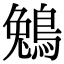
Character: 鵵